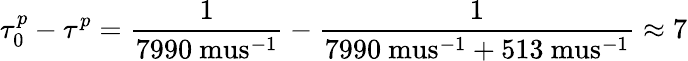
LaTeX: \tau_{0}^{p}-\tau^{p}=\frac{1}{7990\mathrm{\ mus}^{-1}}-\frac{1}{7990\mathrm{\ mus}^{-1}+513\mathrm{\ mus}^{-1}}\approx 7